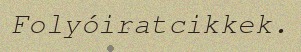
Folyóiratcikkek.